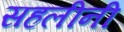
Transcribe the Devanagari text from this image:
सहलीनी